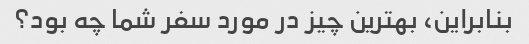
بنابراین، بهترین چیز در مورد سفر شما چه بود؟